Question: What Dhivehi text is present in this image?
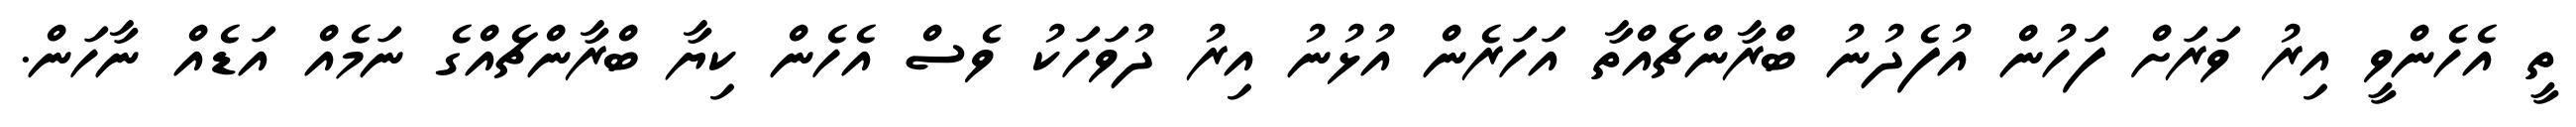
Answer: ތީ އެހެންވީ އިރު ވަރަށް ފަހުން އުފެދުނު ބްރާންޗެއްތާ އަހަރެން އުޅުނު އިރު ދުވަހަކު ވެސް އެހެން ކިޔާ ބްރާންޗެއްގެ ނަމެއް އަޑެއް ނާހަން.